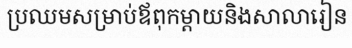
ប្រឈមសម្រាប់ឪពុកម្តាយនិងសាលារៀន